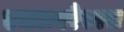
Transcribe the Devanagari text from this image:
एकाम्बरेस्वरा